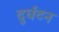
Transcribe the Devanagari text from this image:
दुर्घटन